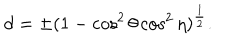
d = \pm ( 1 - \cos ^ { 2 } { \theta } \cos ^ { 2 } { \eta } ) ^ { \frac { 1 } { 2 } } .